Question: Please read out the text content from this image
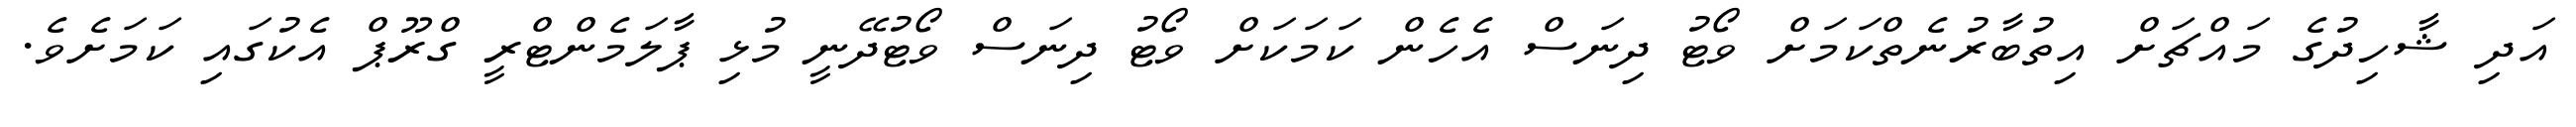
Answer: އަދި ޝާހިދުގެ މައްޗަށް އިތުބާރުނެތްކަމަށް ވޯޓު ދިނަސް އެހެން ކަމަކަށް ވޯޓު ދިނަސް ވޯޓުދޭނީ މުޅި ޕާލަމެންޓްރީ ގްރޫޕް އެކުގައި ކަމަށެވެ.